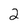
Character: 2